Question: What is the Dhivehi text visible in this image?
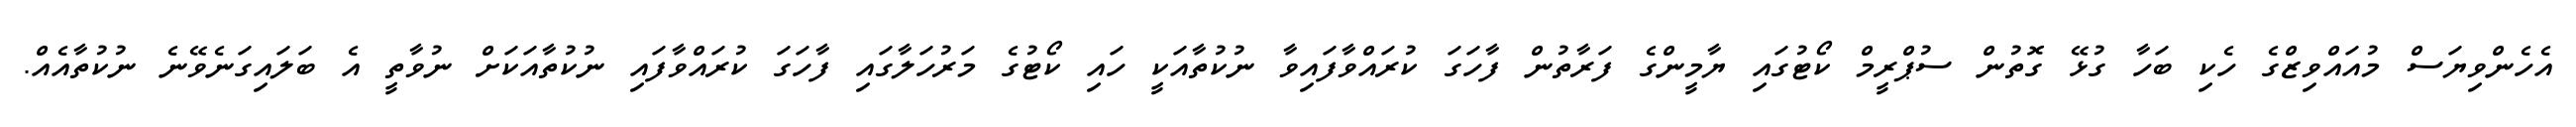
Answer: އެހެންވިޔަސް މުއައްވިޒްގެ ހެކި ބަހާ ގުޅޭ ގޮތުން ސުޕްރީމް ކޯޓުގައި ޔާމީންގެ ފަރާތުން ފާހަގަ ކުރައްވާފައިވާ ނުކުތާއަކީ ހައި ކޯޓުގެ މަރުހަލާގައި ފާހަގަ ކުރައްވާފައި ނުކުތާއަކަށް ނުވާތީ އެ ބަލައިގަނެވޭނެ ނުކުތާއެއް.